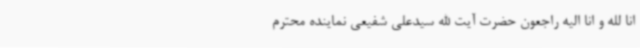
انا لله و انا الیه راجعون حضرت آیت الله سیدعلی شفیعی نماینده محترم